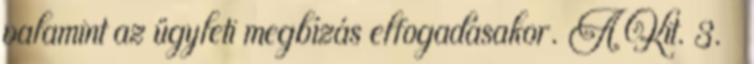
valamint az ügyleti megbízás elfogadásakor. A Kit. 3. §